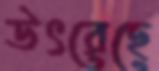
উৎরেছে